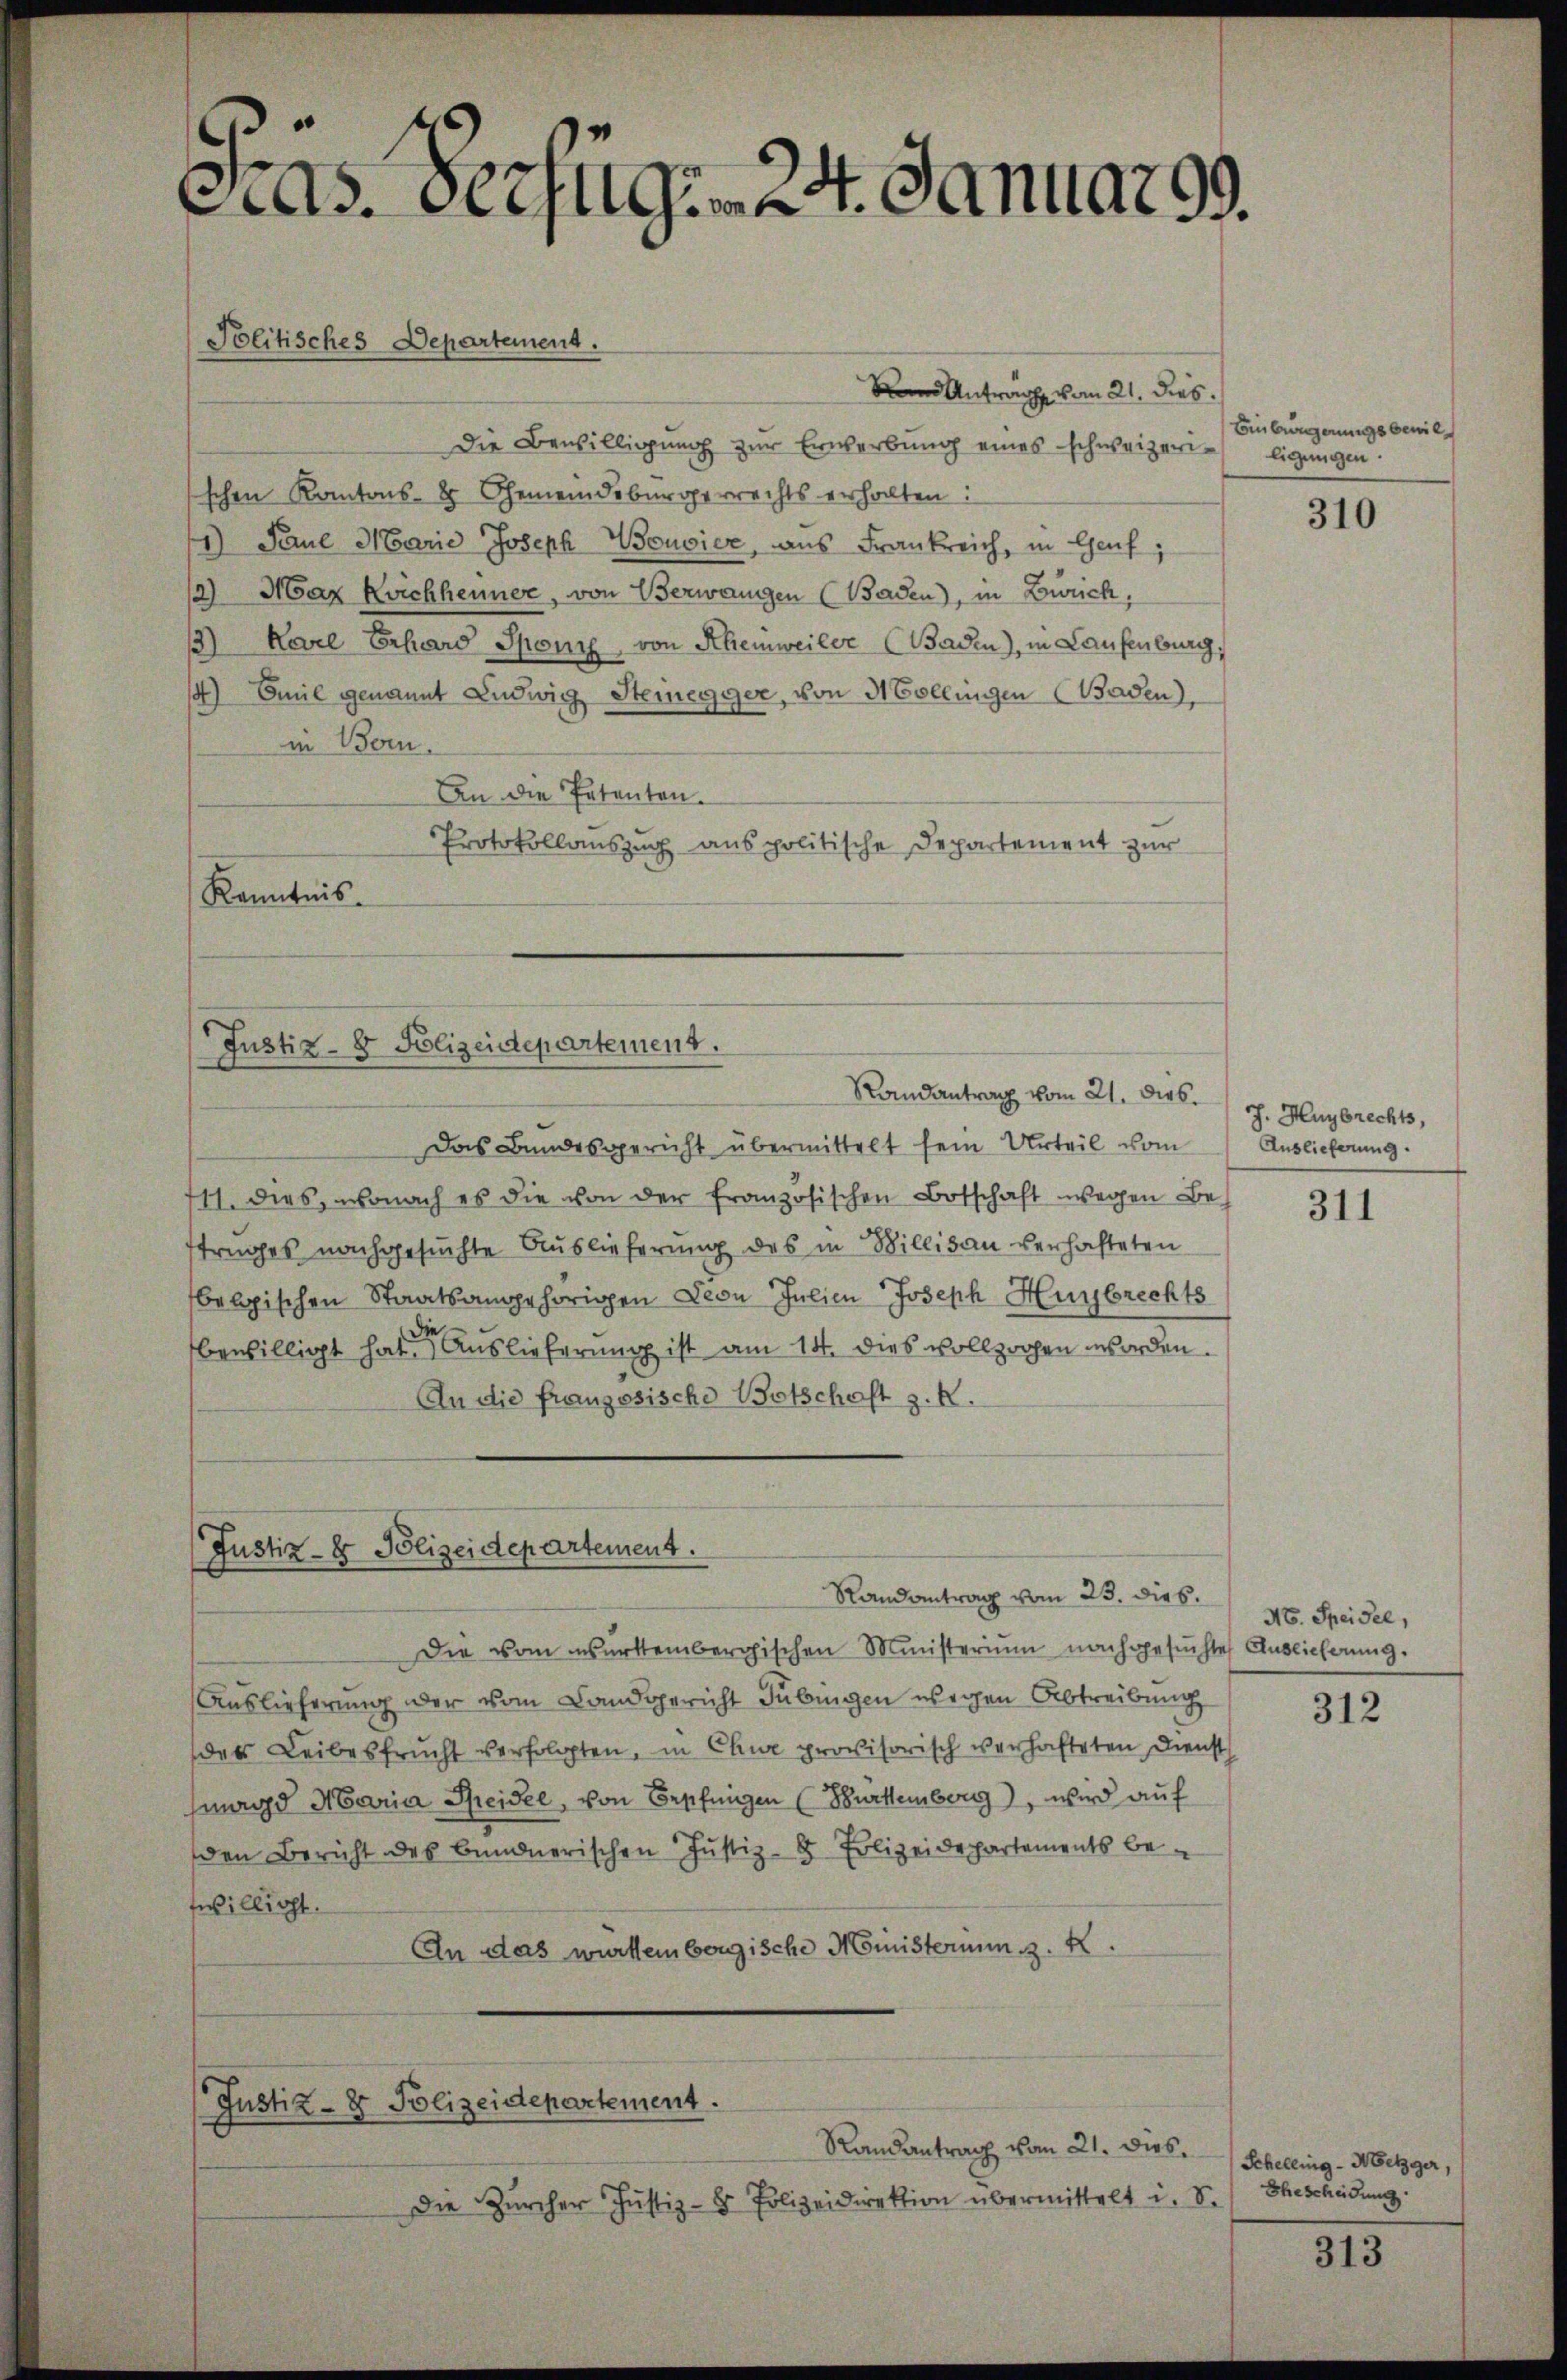
cias Verftig. 24. Januar 99.

Den Antrage vom 21. dies
Die Bewilligung zur Erwerbung eines schweizerischen Kantons- & Gemeindsbürgerrechts erhalten:
1) Paul Marie Joseph Wouvicz, aus Frankreich, in Genf,
2) Max Reichheimer, von Verwangen (Baden), in Zürich,
1) Karl Erhard Sponie, von Rheinweiler (Baden), in Laufenburg,
14) Emil genannt Ludwig Steinegger, von Mollingen (Baden,
in Bern.
An die Patenten.
Protokollauszug aus politische Departement zur
Kenntnis.

Politisches Departement.

Justiz- & Polizeidepartement.

Das Bundesgericht übermittelt sein Urteil vom
711. dies, wonach es die von der französischen Botschaft wegen Bestrages nachgesuchte Auslieferung des in Billisau verhafteten
belgischen Staatsangehörigen Leon Julien Joseph Hurbrechts
bewilligt hat. Auslieferung ist am 14. dies vollzochen worden.
An die französische Botschaft z. R.

Justiz- & Polizeidepartement.

(Justiz- & Polizeidepartement.

Die Zürcher Justiz- & Polizeidirektion übermittelt i. S. Ehescheidŭng.

Randantrag vom 21. dies

Die vom wartembergischen Ministerium nachgesuchte Auslicherung.
Auslieferung der vom Landgericht Tübingen wegen Abtreibung
des Leibesfrucht verfolgten, in Chur provisorisch verhafteten Dienst
magd Maria Seidel, von Bepfungen (Burtemberg), wird auf
den Bericht des Bundnerischen Justiz-8 Polizeidepartements bewilligt.
An das württembergische Ministerium z. K.

Randantrag vom 23. dies

Randantrag vom 21. dies. Schelling - Metzger,

Einbürgerungsbewieligungen.

310

J. Hurbrechts,
Auslieferung.

311

N. Speisel,

312

313